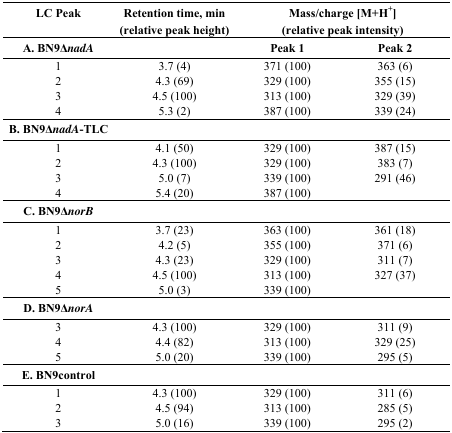
| LC Peak | Retention time, min (relative peak height) | <COLSPAN=2> Mass/charge [M+H+] (relative peak intensity) |
 | --- | --- | --- | --- |
 | A. BN9ΔnadA |  | Peak 1 | Peak 2 |
 | 1 | 3.7 (4) | 371 (100) | 363 (6) |
 | 2 | 4.3 (69) | 329 (100) | 355 (15) |
 | 3 | 4.5 (100) | 313 (100) | 329 (39) |
 | 4 | 5.3 (2) | 387 (100) | 339 (24) |
 | B. BN9ΔnadA-TLC |  |  |  |
 | 1 | 4.1 (50) | 329 (100) | 387 (15) |
 | 2 | 4.3 (100) | 329 (100) | 383 (7) |
 | 3 | 5.0 (7) | 339 (100) | 291 (46) |
 | 4 | 5.4 (20) | 387 (100) |  |
 | C. BN9ΔnorB |  |  |  |
 | 1 | 3.7 (23) | 363 (100) | 361 (18) |
 | 2 | 4.2 (5) | 355 (100) | 371 (6) |
 | 3 | 4.3 (23) | 329 (100) | 311 (7) |
 | 4 | 4.5 (100) | 313 (100) | 327 (37) |
 | 5 | 5.0 (3) | 339 (100) |  |
 | D. BN9ΔnorA |  |  |  |
 | 3 | 4.3 (100) | 329 (100) | 311 (9) |
 | 4 | 4.4 (82) | 313 (100) | 329 (25) |
 | 5 | 5.0 (20) | 339 (100) | 295 (5) |
 | E. BN9control |  |  |  |
 | 1 | 4.3 (100) | 329 (100) | 311 (6) |
 | 2 | 4.5 (94) | 313 (100) | 285 (5) |
 | 3 | 5.0 (16) | 339 (100) | 295 (2) |